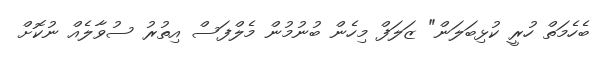
ބެހެމަތް ހުރީ ކުޅިބަލަން" ޒަލަފް މިހެން ބުނުމުން މެލްފަސް އިތުރު ސުވާލެއް ނުކޮށް